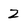
Character: Z